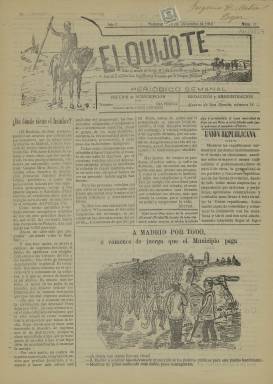
Título: El Quijote (Salamanca)
Colección: Periódicos
Ámbito geográfico: Salamanca
Lugar de publicación: Salamanca
Fechas: 18/12/1910-18/12/1910

Periódico de sonoro y egregio título del que poco se sabe aparte de que nació en 1910, salía semanalmente y contaba con cuatro páginas como tantos otros de provincias por la misma época. De la lectura del único número que posee la BNE, el correspondiente al 18 de diciembre de 1910, se colige que se trataba de una publicación anticlerical de ideario republicano.

  Que en una ciudad tan marcada por su condición de sede de la Universidad más prestigiosa de España saliera un periódico bautizado con ese título no es de extrañar. En el siglo XIX se editaron algunas publicaciones satíricas con el nombre del ingenioso hidalgo de La Mancha, pero se titulaban Don Quijote y no El Quijote como ésta de Salamanca que, aunque de estilo radical, no tenía un tono sarcástico.

  De lo poco que se puede decir del periódico, cuya vida debió ser breve, es que nació tras las elecciones generales de ese año en que concurrió por primera vez en España la conjunción republicano-socialista, que fue exitosa pese al sistema caciquil imperante obteniendo un total de 27 escaños. El líder del PSOE, Pablo Iglesias, consiguió entonces por primera vez su acta de diputado.

   En la portada de El Quijote hay una columna que nos informa de la división de los republicanos salmantinos y del deseo del periódico de que hubiera una unión de las fuerzas republicanas como la existente en otras partes de España para junto con los socialistas llegar a conseguir en el futuro la vuelta a la República en el país.

   El ideario anticlerical del periódico es notorio y se ve en una ilustración gráfica de la tercera página en que un acusado de violar a una niña confiesa haberse educado en un seminario. En un suelto se informa también de que un operario de una imprenta donde se imprime un periódico católico había sido despedido por su ideología socialista.

   Las ilustraciones parecen ser algo a lo que recurría El Quijote con frecuencia. En la portada hay otra en la que se ve a una multitud saliendo de Salamanca con dirección a Madrid. El grabado alude gráficamente a una proposición aprobada por el Ayuntamiento pidiendo que se organizara una marcha para pedir en la capital ayuda económica para los obreros en paro de Salamanca.

  Tampoco falta en el número en posesión de la BNE una alusión a Miguel de Unamuno, que era ya rector de la Universidad. Se alude a él como alguien con un pensamiento lleno de paradojas, en un comentario que no parece muy favorable a su persona.

   La última página del periódico estaba dedicada a la publicidad, única manera en que podía financiarse esta prensa partidista. De todas formas, no parece que la publicación, pese a llevar tan lustroso título, tuviera una larga vida dado el poco rastro que ha dejado en las historias del periodismo.

[Descripción publicada el 20/09/2024]